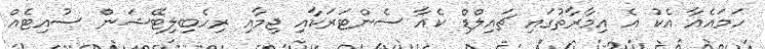
ހަމައެއާ އެކު އެ އިމާރާތުގައި ޗައިލްޑް ކެއާ ސެންޓަރަކާއި ޖިމާއި ރިހެބިލިޓޭޝަން ސުއިޓެއް